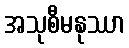
အသုစီမနုဿာ